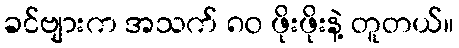
ခင်ဗျားက အသက် ၈၀ ဖိုးဖိုးနဲ့ တူတယ်။